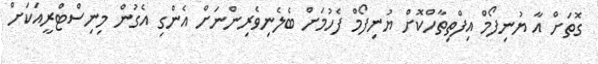
ގޮތަށް އާ ޔުނިފޯމް އިފްތިތާހްކޮށް ޔުނިފޯމް ފެހުމަށް ބެލެނިވެރިންނަށް އެންގި އެގުން މިނިސްޓްރީއަކަށް